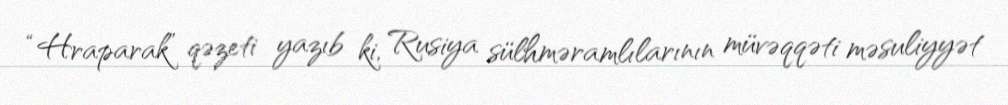
“Hraparak” qəzeti yazıb ki, Rusiya sülhməramlılarının müvəqqəti məsuliyyət